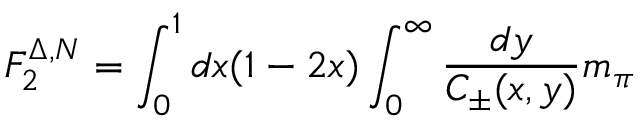
F _ { 2 } ^ { \Delta , N } = \int _ { 0 } ^ { 1 } d x ( 1 - 2 x ) \int _ { 0 } ^ { \infty } { \frac { d y } { C _ { \pm } ( x , y ) } } m _ { \pi }